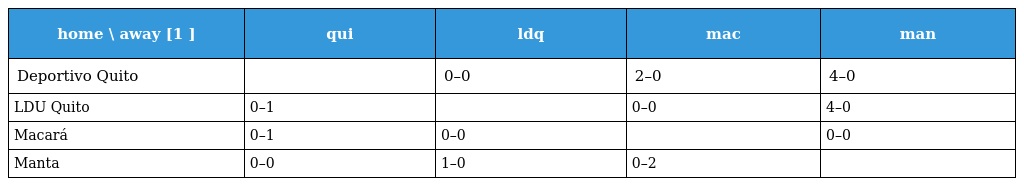
| home \ away [1 ] | qui | ldq | mac | man |
 | --- | --- | --- | --- | --- |
 | Deportivo Quito |  | 0–0 | 2–0 | 4–0 |
 | LDU Quito | 0–1 |  | 0–0 | 4–0 |
 | Macará | 0–1 | 0–0 |  | 0–0 |
 | Manta | 0–0 | 1–0 | 0–2 |  |